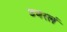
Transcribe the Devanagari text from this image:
डबरलं